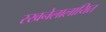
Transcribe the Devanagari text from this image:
रखनेलालायित